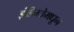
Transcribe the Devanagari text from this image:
इंडिगोमधून